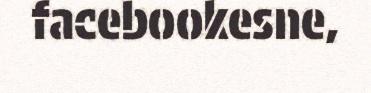
facebookesne,